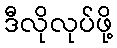
ဒီလိုလုပ်ဖို့